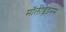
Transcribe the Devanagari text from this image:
मॉलीब्लेडनम